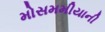
મોસમમીયાની